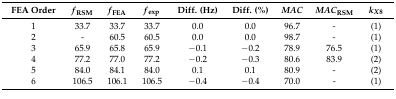
| FEA Order | fRSM | fFEA | fexp | Diff. (Hz) | Diff. (%) | MAC | MACRSM | kX8 |
 | --- | --- | --- | --- | --- | --- | --- | --- | --- |
 | 1 | 33.7 | 33.7 | 33.7 | 0.0 | 0.0 | 96.7 | - | (1) |
 | 2 | - | 60.5 | 60.5 | 0.0 | 0.0 | 98.7 | - | (1) |
 | 3 | 65.9 | 65.8 | 65.9 | −0.1 | −0.2 | 78.9 | 76.5 | (1) |
 | 4 | 77.2 | 77.0 | 77.2 | −0.2 | −0.3 | 80.6 | 83.9 | (2) |
 | 5 | 84.0 | 84.1 | 84.0 | 0.1 | 0.1 | 80.9 | - | (2) |
 | 6 | 106.5 | 106.1 | 106.5 | −0.4 | −0.4 | 70.0 | - | (1) |